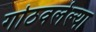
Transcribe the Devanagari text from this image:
गोठवलेल्या